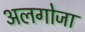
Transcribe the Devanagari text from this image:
अलगोजा